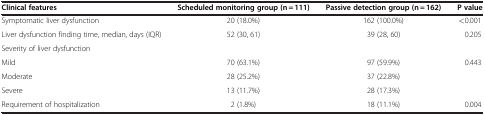
<table><thead><tr><td><b>Clinical features</b></td><td><b>Scheduled monitoring group (n = 111)</b></td><td><b>Passive detection group (n = 162)</b></td><td><b>P value</b></td></tr></thead><tbody><tr><td>Symptomatic liver dysfunction</td><td>20 (18.0%)</td><td>162 (100.0%)</td><td>&lt;0.001</td></tr><tr><td>Liver dysfunction finding time, median, days (IQR)</td><td>52 (30, 61)</td><td>39 (28, 60)</td><td>0.205</td></tr><tr><td colspan="4">Severity of liver dysfunction</td></tr><tr><td>Mild</td><td>70 (63.1%)</td><td>97 (59.9%)</td><td>0.443</td></tr><tr><td>Moderate</td><td>28 (25.2%)</td><td>37 (22.8%)</td><td> </td></tr><tr><td>Severe</td><td>13 (11.7%)</td><td>28 (17.3%)</td><td> </td></tr><tr><td>Requirement of hospitalization</td><td>2 (1.8%)</td><td>18 (11.1%)</td><td>0.004</td></tr></tbody></table>